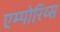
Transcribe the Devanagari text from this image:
एम्पोरिय्स